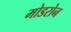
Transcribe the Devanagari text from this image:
मोडरोन